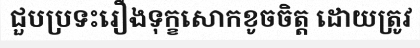
ជួបប្រទះរឿងទុក្ខសោកខូចចិត្ត ដោយត្រូវ